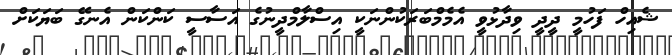
ޝެއިހް ފަހުމީ ދީދީ ވިދާޅުވީ އެމެމްބަރަކުންނަކީ އިސްލާމްދީނުގެ އަސާސީ ކަންކަން އެނގޭ ބަޔަކަށް